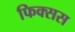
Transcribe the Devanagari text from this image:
फिक्सस